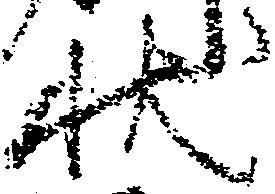
状